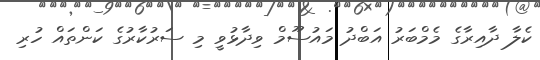
ކެލާ ދާއިރާގެ މެމްބަރު އަބްދު މައުސޫމް ވިދާޅުވީ މި ސަރުކާރުގެ ކަންތައް ހުރި